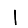
Digit: 1